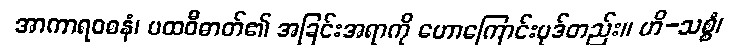
အာကာရဝစနံ၊ ပထဝီဓာတ်၏ အခြင်းအရာကို ဟောကြောင်းပုဒ်တည်း။ ဟိ-သစ္စံ၊